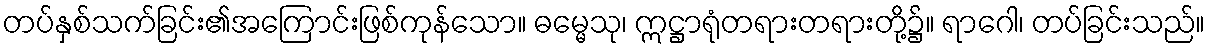
တပ်နှစ်သက်ခြင်း၏အကြောင်းဖြစ်ကုန်သော။ ဓမ္မေသု၊ ဣဋ္ဌာရုံတရားတရားတို့၌။ ရာဂေါ၊ တပ်ခြင်းသည်။